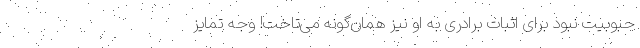
حبوبیت نبود برای اثبات برادری به او نیز همان‌گونه می‌تاخت! وجه تمایز